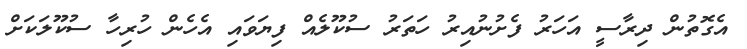
އެގޮތުން ދިރާސީ އަހަރު ފެށުނުއިރު ހަތަރު ސުކޫލެއް ފިޔަވައި އެހެން ހުރިހާ ސުކޫލަކަށް